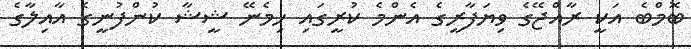
ބޮމްބެ އަކީ ރާއްޖޭގެ ވިޔަފާރީގެ އެންމެ ކުރީގައި ހިމެނޭ ޝީޝާ ކުންފުނީގެ އާއިލާގެ